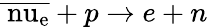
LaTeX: \overline{\mathrm{\ nu_{e}}}+p\rightarrow e+n